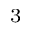
^ 3